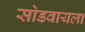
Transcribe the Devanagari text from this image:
सोडवायला